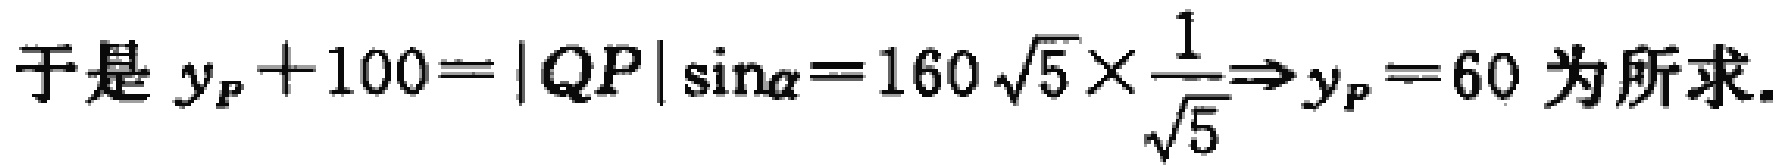
于是 \(y_{P}+100 = |QP|\sin\alpha = 160\sqrt{5}\times\frac{1}{\sqrt{5}}\Rightarrow y_{P}=60\) 为所求.